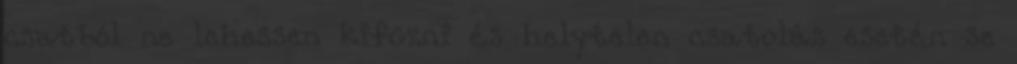
csatból ne lehessen kifûzni és helytelen csatolás esetén se